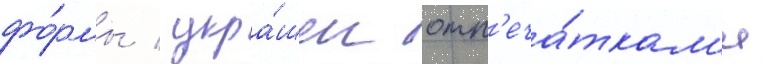
фо́рмы / укра́шен отп'еча́ткам'и